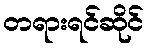
တရားရင်ဆိုင်